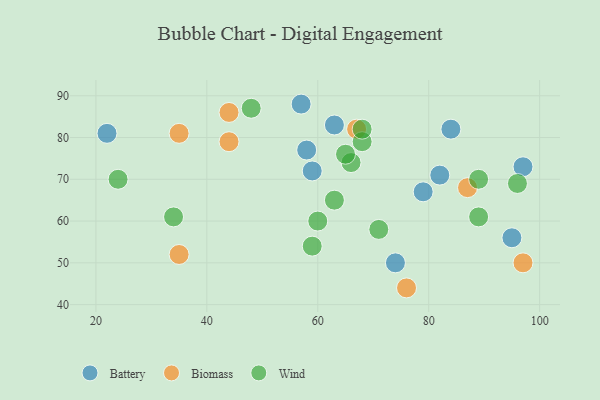
{"axis": {"x": "GDP", "y": "Life Expectancy"}, "legend": ["Battery", "Biomass", "Wind"], "data": [{"x": "97", "y": 73, "type": "Battery"}, {"x": "82", "y": 71, "type": "Battery"}, {"x": "79", "y": 67, "type": "Battery"}, {"x": "74", "y": 50, "type": "Battery"}, {"x": "84", "y": 82, "type": "Battery"}, {"x": "59", "y": 72, "type": "Battery"}, {"x": "95", "y": 56, "type": "Battery"}, {"x": "58", "y": 77, "type": "Battery"}, {"x": "63", "y": 83, "type": "Battery"}, {"x": "22", "y": 81, "type": "Battery"}, {"x": "57", "y": 88, "type": "Battery"}, {"x": "97", "y": 50, "type": "Biomass"}, {"x": "35", "y": 52, "type": "Biomass"}, {"x": "44", "y": 79, "type": "Biomass"}, {"x": "87", "y": 68, "type": "Biomass"}, {"x": "76", "y": 44, "type": "Biomass"}, {"x": "44", "y": 86, "type": "Biomass"}, {"x": "67", "y": 82, "type": "Biomass"}, {"x": "35", "y": 81, "type": "Biomass"}, {"x": "71", "y": 58, "type": "Wind"}, {"x": "68", "y": 79, "type": "Wind"}, {"x": "66", "y": 74, "type": "Wind"}, {"x": "59", "y": 54, "type": "Wind"}, {"x": "68", "y": 82, "type": "Wind"}, {"x": "65", "y": 76, "type": "Wind"}, {"x": "63", "y": 65, "type": "Wind"}, {"x": "89", "y": 61, "type": "Wind"}, {"x": "89", "y": 70, "type": "Wind"}, {"x": "34", "y": 61, "type": "Wind"}, {"x": "24", "y": 70, "type": "Wind"}, {"x": "48", "y": 87, "type": "Wind"}, {"x": "96", "y": 69, "type": "Wind"}, {"x": "60", "y": 60, "type": "Wind"}]}